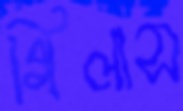
গিলাস